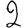
Digit: 2